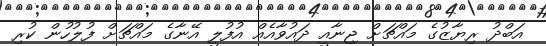
އަބްދު ރިޔާޒުގެ މައްޗަށް ޖިނާއީ ދައުވާއެއް އުފުލީ އޭނާގެ މައްޗަށް ފުލުހުން ކުރި